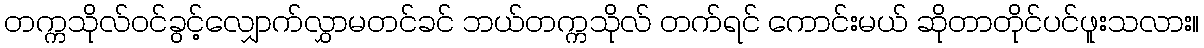
တက္ကသိုလ်ဝင်ခွင့်လျှောက်လွှာမတင်ခင် ဘယ်တက္ကသိုလ် တက်ရင် ကောင်းမယ် ဆိုတာတိုင်ပင်ဖူးသလား။